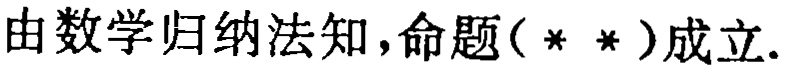
由数学归纳法知,命题（**）成立.